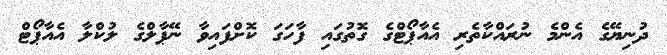
ދުނިޔޭގެ އެންމެ ނުރައްކާތެރި އެއާޕޯޓްގެ ގޮތުގައި ފާހަގަ ކޮށްފައިވާ ނޭޕާލްގެ ލުކްލާ އެއާޕޯޓް